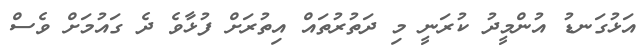
އަޅުގަނޑު އުންމީދު ކުރަނީ މި ދަތުރުތައް އިތުރަށް ފުޅާވެ ދެ ގައުމަށް ވެސް